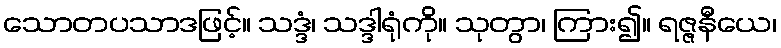
သောတပသာဒဖြင့်။ သဒ္ဒံ၊ သဒ္ဒါရုံကို။ သုတွာ၊ ကြား၍။ ရဇ္ဇနီယေ၊